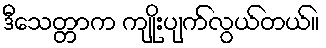
ဒီသေတ္တာက ကျိုးပျက်လွယ်တယ်။